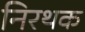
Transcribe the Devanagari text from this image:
निरथक